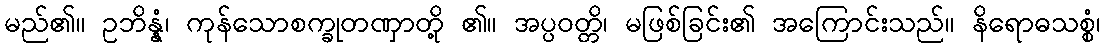
မည်၏။ ဥဘိန္နံ၊ ကုန်သောစက္ခုတဏှာတို့ ၏။ အပ္ပဝတ္တိ၊ မဖြစ်ခြင်း၏ အကြောင်းသည်။ နိရောဓသစ္စံ၊